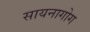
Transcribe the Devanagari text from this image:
सायनागोग